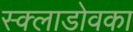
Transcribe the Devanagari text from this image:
स्क्लाडोवका